Civil Veterinary Dept. North-West Frontier Province 1933-46 - 1933-1946
Year: 1933
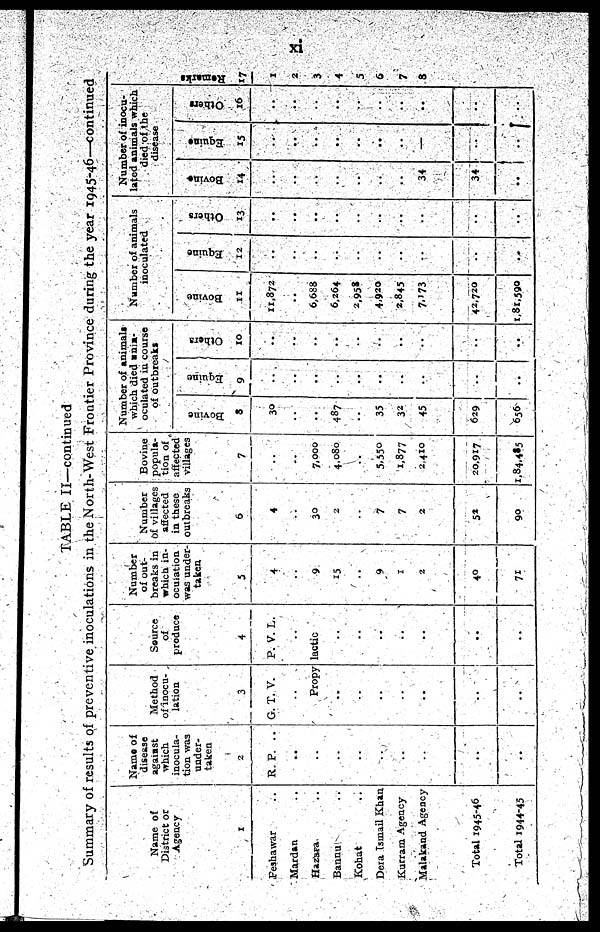
xi
TABLE II—continued
Summary of results of preventive inoculations in the North-West Frontier Province during the year 1945-46—continued
Name of
District or
Agency
1
Peshawar ..
Mardan ..
Hazapa ..
Bannu ..
Kohat ..
Dera Ismail Khan
Kurram Agency
Malakand Agency
Total 1945-46
Total 1944-45
Name of
disease
against
which
inocula-
tion was
under-
taken
2
R. P. ..
..
..
..
..
..
..
..
..
..
Method
of inocu-
lation
3
G. T. V.
..
Propy
..
..
..
..
..
..
..
Source
of
produce
4
P. V. L.
lactic
..
..
..
..
..
..
..
Number
of out-
breaks in
which in-
oculation
was under-
taken
5
4
..
9
15
..
9
1
2
40
71
Number
of villages
affected
in these
outbreaks
6
4
..
30
2
..
7
7
2
52
90
Bovine
popula-
tion of
affected
villages
7
..
..
7,000
4,080
..
5,550
1,877
2,410
20,917
1,84,485
Number of animals
which died unin-
oculated in course
of outbreaks
Bovine
8
30
..
..
487
..
35
32
45
629
656
Equine
9
..
..
..
..
..
..
..
..
..
..
Others
10
..
..
..
..
..
..
..
..
..
..
Number of animals
inoculated
Bovi ne
11
11,872
..
6,688
6,264
2,958
4,920
2,845
7,173
42,720
1,81,590
Equine
12
..
..
..
..
..
..
..
..
..
..
Ot her s
13
..
..
..
..
..
..
..
..
..
..
Number of inocu-
lated animals which
died of the
disease
Bovine
14
..
..
..
..
..
..
..
34
34
..
Equine
15
..
..
..
..
..
..
..
..
..
..
Others
16
..
..
..
..
..
..
..
..
..
Re ma r
ks
17
1
2
3
4
5
6
7
8